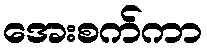
အေးစက်ကာ